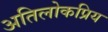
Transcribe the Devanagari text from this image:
अतिलोकप्रिय